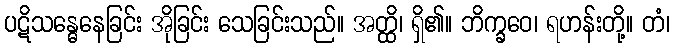
ပဋိသန္ဓေနေခြင်း အိုခြင်း သေခြင်းသည်။ အတ္ထိ၊ ရှိ၏။ ဘိက္ခဝေ၊ ရဟန်းတို့။ တံ၊